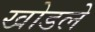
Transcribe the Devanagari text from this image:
खोडले